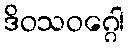
ဒိဝသဝဂ္ဂေါ